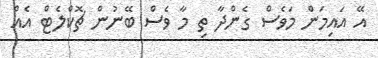
އޭ އައިމަން މަވެސް ގެންދާ ތި މާ ވެސް ބޭނުން ޗޮކްލެޓް އެއް